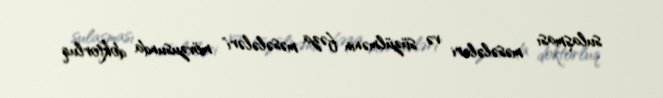
sulaşması məsələləri və süzülmənin fəza məsələləri" mövzusunda doktorluq